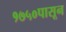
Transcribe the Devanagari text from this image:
१७५०पासून